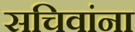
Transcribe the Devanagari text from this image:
सचिवांना